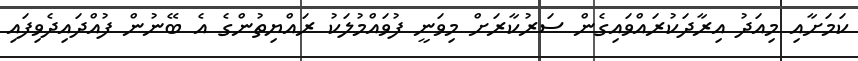
ކަމަށާއި މިއަދު އިރާދަކުރައްވައިގެން ސަރުކާރަށް މިވަނީ ފުވައްމުލަކު ރައްޔިތުންގެ އެ ބޭނުން ފުއްދައިދެވިފައި